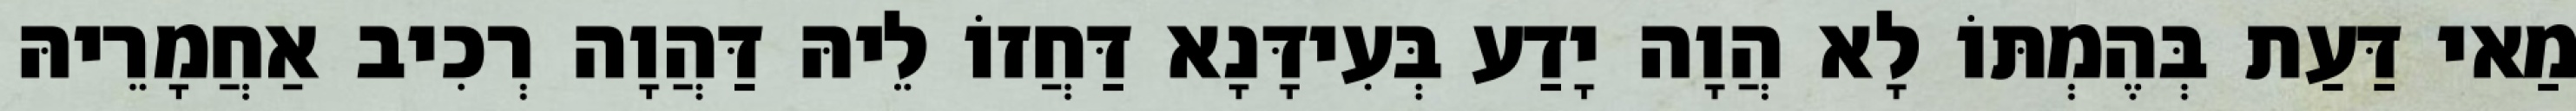
מַאי דַּעַת בְּהֶמְתּוֹ לָא הֲוָה יָדַע בְּעִידָּנָא דַּחֲזוֹ לֵיהּ דַּהֲוָה רְכִיב אַחֲמָרֵיהּ